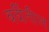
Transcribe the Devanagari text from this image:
वर्दीतील